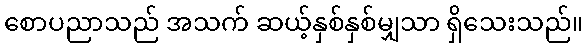
စောပညာသည် အသက် ဆယ့်နှစ်နှစ်မျှသာ ရှိသေးသည်။